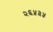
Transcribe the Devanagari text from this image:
२६५३५